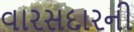
વારસદારની